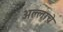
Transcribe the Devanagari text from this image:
अल्लाचे